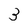
Character: 3